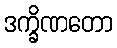
ဒက္ခိဏတော